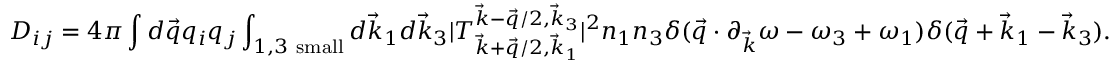
D _ { i j } = 4 \pi \int d \vec { q } q _ { i } q _ { j } \int _ { 1 , 3 \mathrm { ~ s m a l l } } d \vec { k } _ { 1 } d \vec { k } _ { 3 } | T _ { \vec { k } + \vec { q } / 2 , \vec { k } _ { 1 } } ^ { \vec { k } - \vec { q } / 2 , \vec { k } _ { 3 } } | ^ { 2 } n _ { 1 } n _ { 3 } \delta ( \vec { q } \cdot \partial _ { \vec { k } } \omega - \omega _ { 3 } + \omega _ { 1 } ) \delta ( \vec { q } + \vec { k } _ { 1 } - \vec { k } _ { 3 } ) .